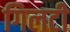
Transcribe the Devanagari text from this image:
गिलटी